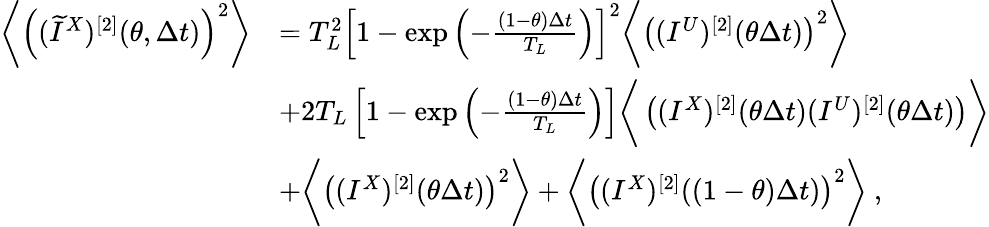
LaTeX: \begin{array}{rl}{\bigg\langle\left((\widetilde{I}^{X})^{[2]}(\theta,\Delta t)\right)^{2}\bigg\rangle}&{=T_{L}^{2}\left[1-\exp\left(-\frac{(1-\theta)\Delta t}{T_{L}}\right)\right]^{2}\bigg\langle\left((I^{U})^{[2]}(\theta\Delta t)\right)^{2}\bigg\rangle}\\ &{+2T_{L}\left[1-\exp\left(-\frac{(1-\theta)\Delta t}{T_{L}}\right)\right]\bigg\langle\left((I^{X})^{[2]}(\theta\Delta t)(I^{U})^{[2]}(\theta\Delta t)\right)\bigg\rangle}\\ &{+\bigg\langle\left((I^{X})^{[2]}(\theta\Delta t)\right)^{2}\bigg\rangle+\bigg\langle\left((I^{X})^{[2]}((1-\theta)\Delta t)\right)^{2}\bigg\rangle~,}\end{array}